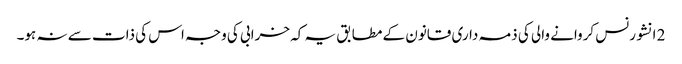
2 انشورنس کروانے والی کی ذمہ داری قانون کے مطابق یہ کہ خرابی کی وجہ اس کی ذات سے نہ ہو۔